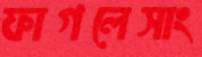
ফাগলেসাং